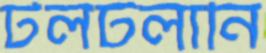
টলটলানি